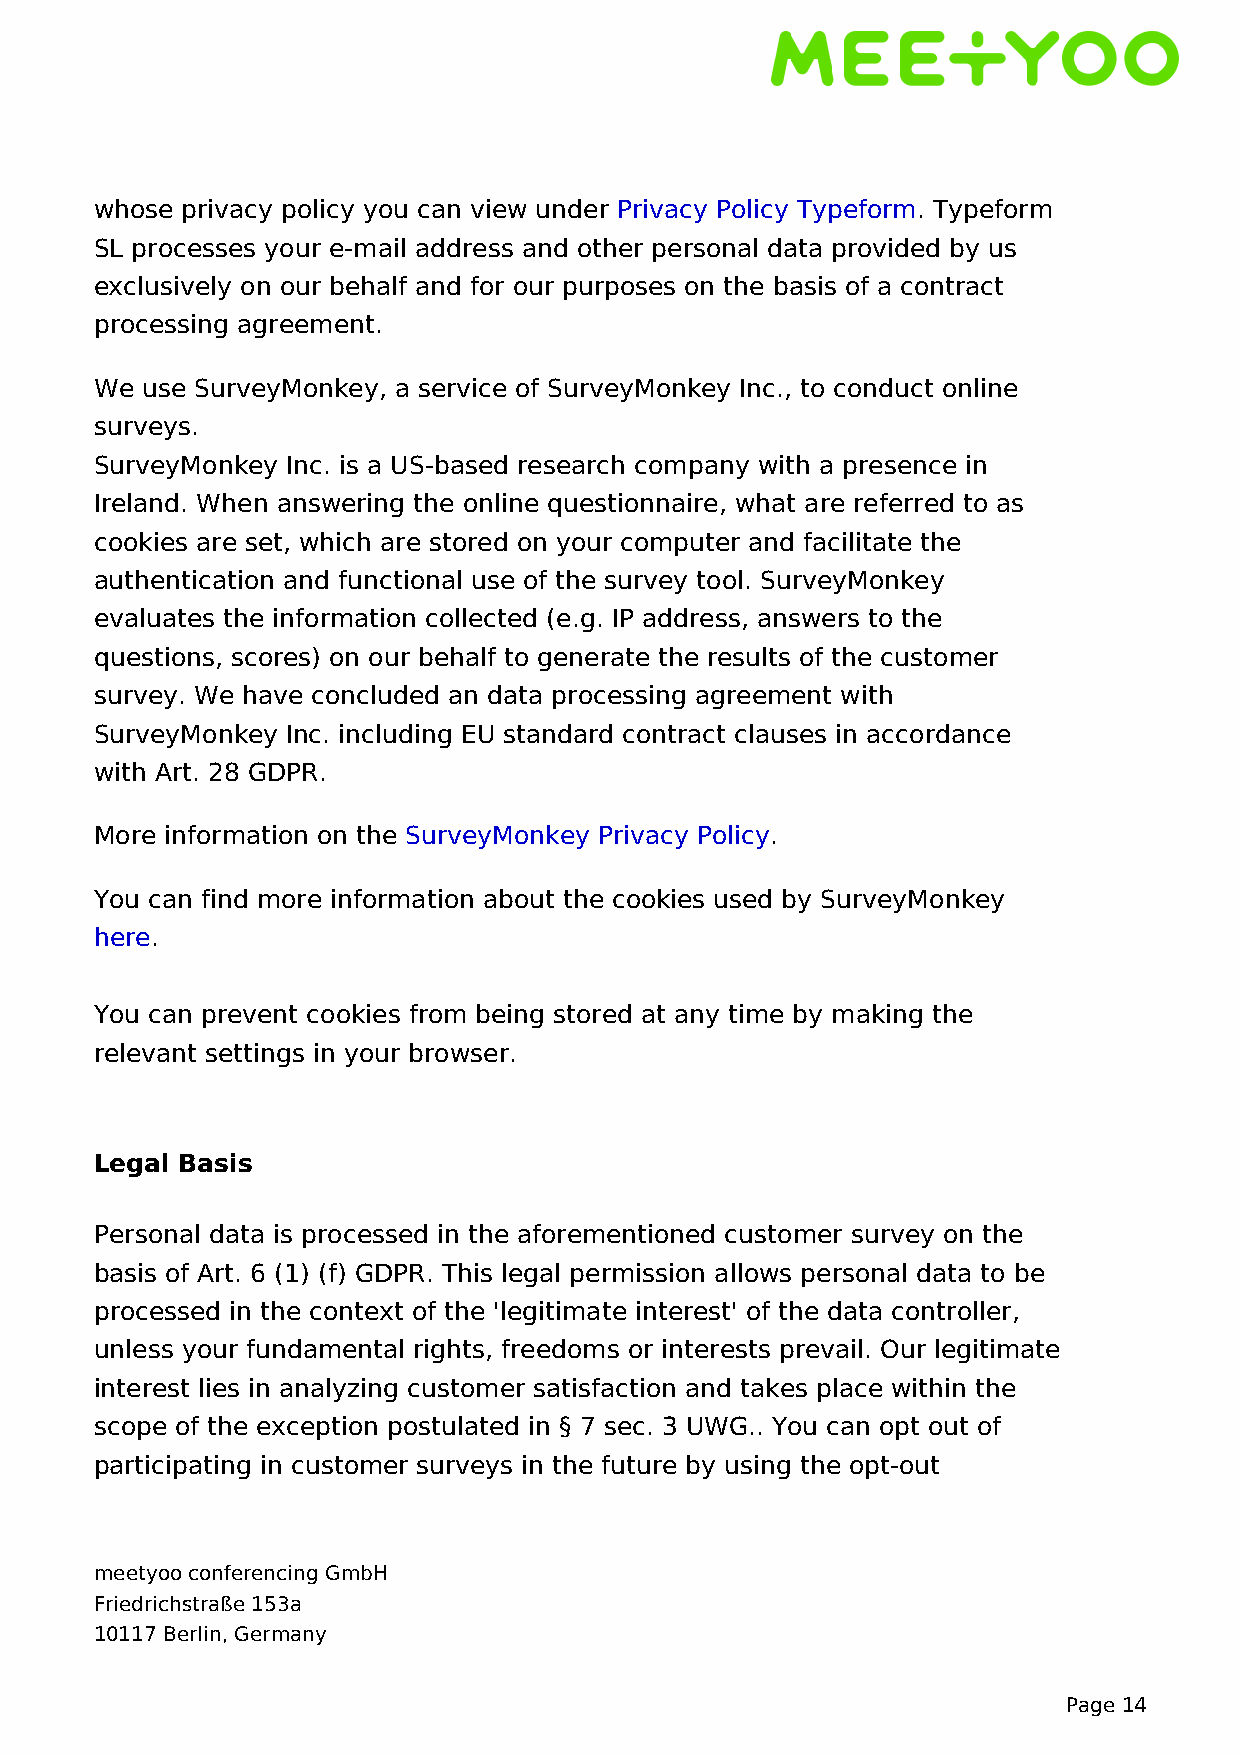
whose privacy policy you can view under Privacy Policy Typeform. Typeform
 SL processes your e-mail address and other personal data provided by us
 exclusively on our behalf and for our purposes on the basis of a contract
 processing agreement.
 We use SurveyMonkey, a service of SurveyMonkey Inc., to conduct online
 surveys.
 SurveyMonkey Inc. is a US-based research company with a presence in
 Ireland. When answering the online questionnaire, what are referred to as
 cookies are set, which are stored on your computer and facilitate the
 authentication and functional use of the survey tool. SurveyMonkey
 evaluates the information collected (e.g. IP address, answers to the
 questions, scores) on our behalf to generate the results of the customer
 survey. We have concluded an data processing agreement with
 SurveyMonkey Inc. including EU standard contract clauses in accordance
 with Art. 28 GDPR.
 More information on the SurveyMonkey Privacy Policy.
 You can find more information about the cookies used by SurveyMonkey
 here.
 You can prevent cookies from being stored at any time by making the
 relevant settings in your browser.
 Legal Basis
 Personal data is processed in the aforementioned customer survey on the
 basis of Art. 6 (1) (f) GDPR. This legal permission allows personal data to be
 processed in the context of the 'legitimate interest' of the data controller,
 unless your fundamental rights, freedoms or interests prevail. Our legitimate
 interest lies in analyzing customer satisfaction and takes place within the
 scope of the exception postulated in § 7 sec. 3 UWG.. You can opt out of
 participating in customer surveys in the future by using the opt-out
 meetyoo conferencing GmbH
 Friedrichstraße 153a
 10117 Berlin, Germany
 Page 14